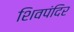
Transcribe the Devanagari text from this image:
शिवपंदिर